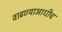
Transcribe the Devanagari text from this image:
वाढण्याआधीच